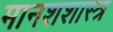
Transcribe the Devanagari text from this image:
मानशशास्त्र